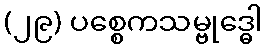
(၂၉) ပစ္စေကသမ္ဗုဒ္ဓေါ